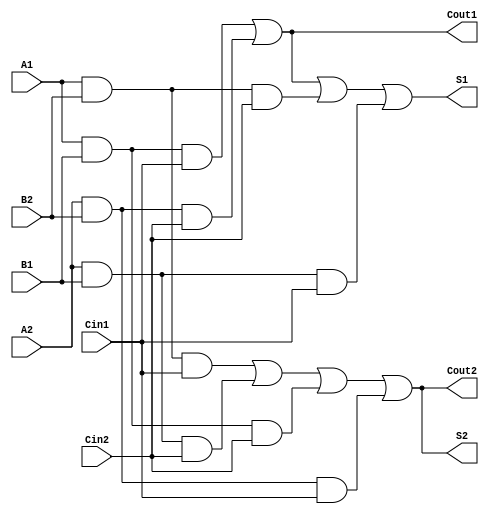
module dual_rail_full_adder (
    input wire A1, A2,  // Dual-rail representation of input A
    input wire B1, B2,  // Dual-rail representation of input B
    input wire Cin1, Cin2, // Dual-rail representation of carry-in
    output wire S1, S2, // Dual-rail representation of sum output S
    output wire Cout1, Cout2 // Dual-rail representation of carry-out output Cout
);

// Sum Output Logic
assign S1 = (A1 & B1 & Cin1) | (A2 & B2 & Cin2) | (A1 & B2 & Cin2) | (A2 & B1 & Cin1);
assign S2 = (A1 & B2 & Cin1) | (A2 & B1 & Cin2) | (A1 & B1 & Cin2) | (A2 & B2 & Cin1);

// Carry Output Logic
assign Cout1 = (A1 & B1 & Cin1) | (A2 & B2 & Cin2);
assign Cout2 = (A1 & B2 & Cin1) | (A2 & B1 & Cin2) | (A1 & B1 & Cin2) | (A2 & B2 & Cin1);

endmodule